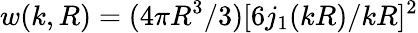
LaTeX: w(k,R)=(4\pi R^{3}/3)[6j_{1}(kR)/kR]^{2}